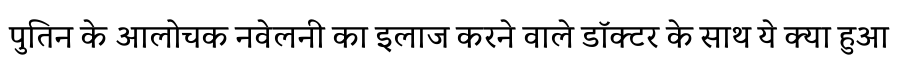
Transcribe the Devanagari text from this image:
पुतिन के आलोचक नवेलनी का इलाज करने वाले डॉक्टर के साथ ये क्या हुआ